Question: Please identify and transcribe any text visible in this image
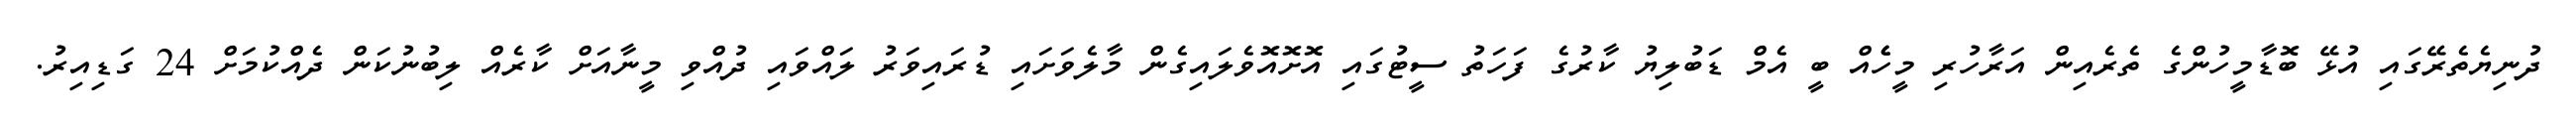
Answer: ދުނިޔެތެރޭގައި އުޅޭ ބޮޑާމީހުންގެ ތެރެއިން އަރާހުރި މީހެެއް ބީ އެމް ޑަބުލިޔު ކާރުގެ ފަހަތު ސީޓުގައި އޮށޮއޮވެލައިގެން މާލެވަށައި ޑުރައިވަރު ލައްވައި ދުއްވި މީނާއަށް ކާރެއް ލިބުނުކަން ދެއްކުމަށް 24 ގަޑިއިރު.